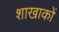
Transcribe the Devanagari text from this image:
शाखाकों